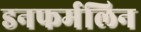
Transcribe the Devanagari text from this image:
डनफर्मलिन